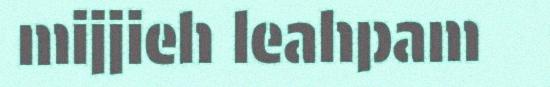
mijjieh leahpam